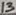
Text: 13